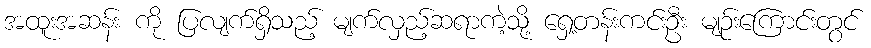
အထူးအဆန်း ကို ပြလျက်ရှိသည့် မျက်လှည့်ဆရာကဲ့သို့ ရှေ့တန်းကင်းဦး မျဉ်းကြောင်းတွင်